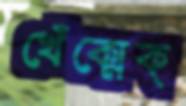
খেঁক্‌মেক্‌